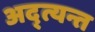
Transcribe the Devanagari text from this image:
अद्त्यन्त